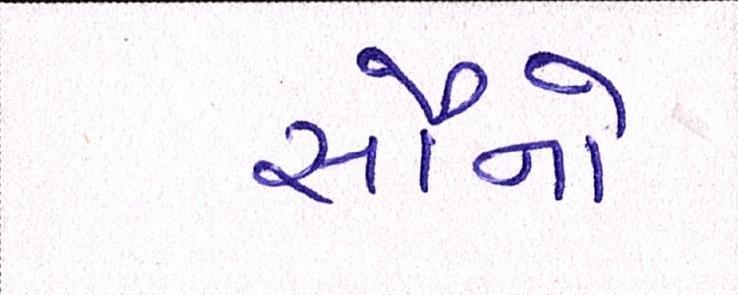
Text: સૌનો